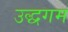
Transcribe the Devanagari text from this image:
उद्धगम